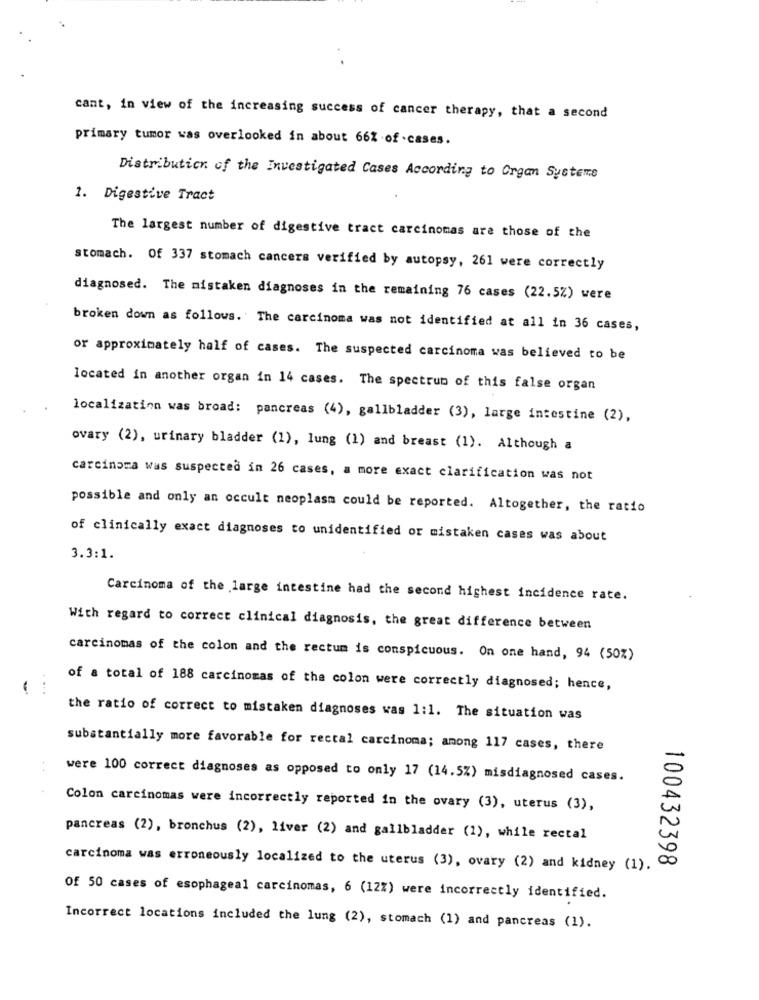
cant, in view of the increasing success of cancer therapy, that a second
primary tumor was overlooked in about 66% of .cases.
Distribution of the Investigated Cases According to Organ Systeme
1. Digestive Tract
The largest number of digestive tract carcinomas are those of the
stomach. Of 337 stomach cancers verified by autopsy, 261 were correctly
diagnosed. The mistaken diagnoses in the remaining 76 cases (22.5%) were
broken down as follows. The carcinoma was not identified at all in 36 cases,
or approximately half of cases. The suspected carcinoma was believed to be
located in another organ in 14 cases. The spectrum of this false organ
localization was broad: pancreas (4), gallbladder (3), large intestine (2),
ovary (2), urinary bladder (1), lung (1) and breast (1). Although a
carcinoma was suspected in 26 cases, a more exact clarification was not
possible and only an occult neoplasm could be reported. Altogether, the ratio
of clinically exact diagnoses to unidentified or mistaken cases was about
3.3:1.
Carcinoma of the large intestine had the second highest incidence rate.
With regard to correct clinical diagnosis, the great difference between
carcinomas of the colon and the rectum is conspicuous. On one hand, 94 (50%)
-
..
of a total of 188 carcinomas of the colon were correctly diagnosed; hence,
the ratio of correct to mistaken diagnoses was 1:1. The situation was
substantially more favorable for rectal carcinoma; among 117 cases, there
were 100 correct diagnoses as opposed to only 17 (14.5%) misdiagnosed cases.
Colon carcinomas were incorrectly reported in the ovary (3), uterus (3),
pancreas (2), bronchus (2), liver (2) and gallbladder (1), while rectal
100432398
carcinoma was erroneously localized to the uterus (3), ovary (2) and kidney (1).
Of 50 cases of esophageal carcinomas, 6 (12%) were incorrectly identified.
Incorrect locations included the lung (2), stomach (1) and pancreas (1).